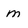
Character: m